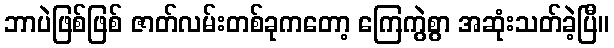
ဘာပဲဖြစ်ဖြစ် ဇာတ်လမ်းတစ်ခုကတော့ ကြေကွဲစွာ အဆုံးသတ်ခဲ့ပြီ။